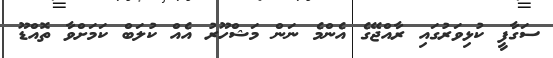
ސަގާފީ ކުޅިވަރުގައި ރާއްޖޭގެ އެންމެ ނަން މަޝްހޫރު އެއް ކުލަބް ކަމަށްވާ ތޮއްޑޫ